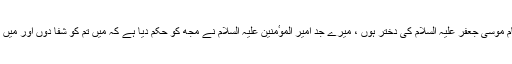
فرمایا : میں معصومہ امام موسیٰ جعفر علیہ السلام کی دختر ہوں ، میرے جد امیر الموٴمنین علیہ السلام نے مجھ کو حکم دیا ہے کہ میں تم کو شفا دوں اور میں نے تم کو شفا یاب کردیا ۔